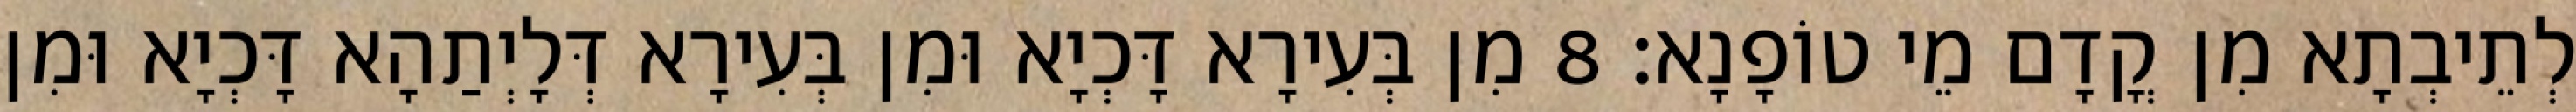
לְתֵיבְתָא מִן קֳדָם מֵי טוֹפָנָא׃ 8 מִן בְּעִירָא דָּכְיָא וּמִן בְּעִירָא דְּלָיְתַהָא דָּכְיָא וּמִן